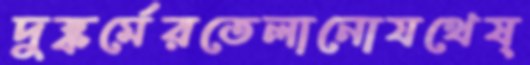
দুষ্কর্মেরতেলানোযথেষ্